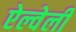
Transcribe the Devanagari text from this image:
ऐल्वेली